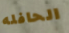
الحافله